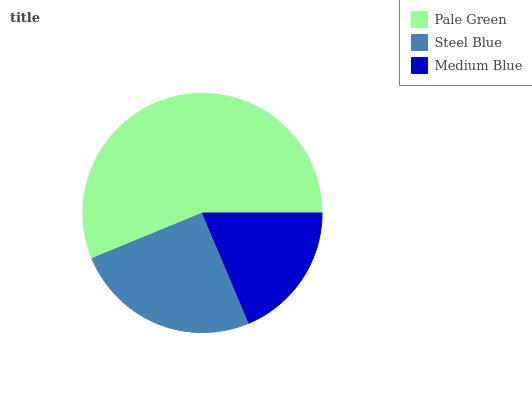
| Pale Green | Steel Blue | Medium Blue |
 | --- | --- | --- |
 | 56.2% | 25.2% | 18.6% |